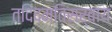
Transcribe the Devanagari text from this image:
तदिदमतिसर्वाय